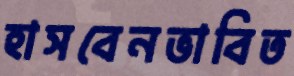
হাসবেনভাবিত